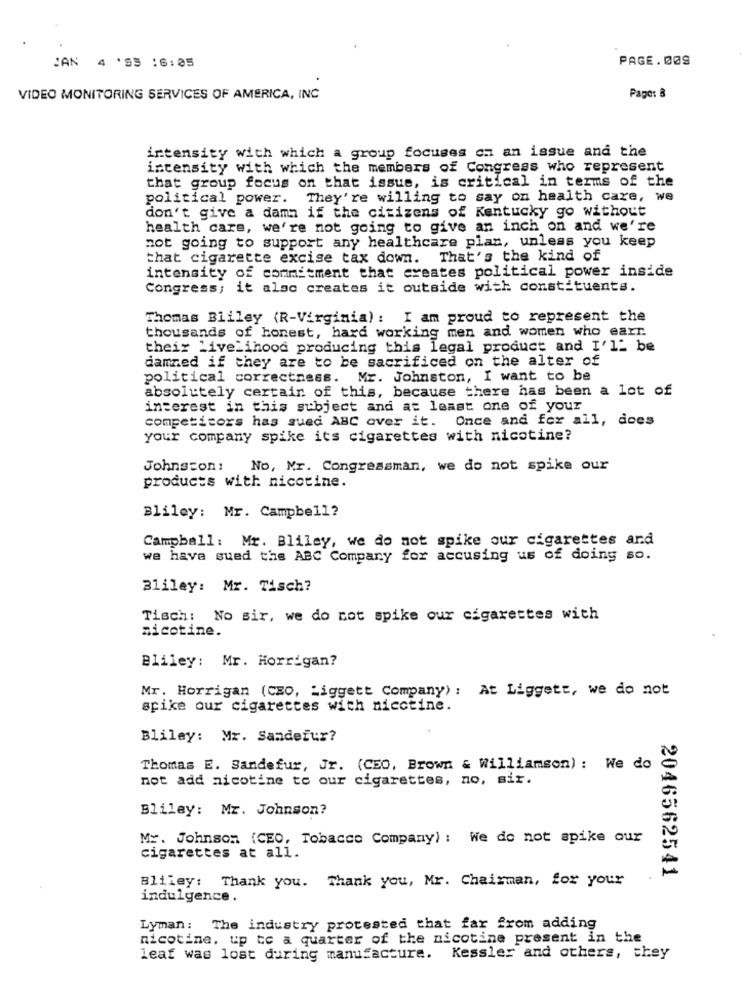
PAGE. 00S
JAN 4 '95 :6:05
VIDEO MONITORING SERVICES OF AMERICA, INC
Page: B
intensity with which a group focuses on an issue and the
intensity with which the members of Congress who represent
that group focus on that issue, is critical in terms of the
political power. They're willing to say on health care, we
don't give a damn if the citizens of Kentucky go without
health care, we're not going to give an inch on and we're
not going to support any healthcare plan, unless you keep
that cigarette excise tax down. That's the kind of
intensity of commitment that creates political power inside
Congress; it also creates it outside with constituents.
Thomas Bliley (R-Virginia) : I am proud to represent the
thousands of honest, hard working men and women who earr
their Livelihood producing this legal product and I'll be
damned if they are to be sacrificed on the alter of
political correctness. Mr. Johnston, I want to be
absolutely certain of this, because there has been a lot of
interest in this subject and at least one of your
competitors has sued ABC over it. Once and for all, does
your company spike its cigarettes with nicotine?
Johnston: No, Mr. Congressman, we do not spike our
products with nicotine.
Bliley: Mr. Campbell?
Campbell: Mr. Bliley, we do not spike our cigarettes and
we have sued the ABC Company for accusing us of doing so.
Bliley: Mr. Tisch?
Tisch: No sir, we do not spike our cigarettes with
nicotine.
Bliley: Mr. Horrigan?
Mr. Horrigan (CEO, Liggett Company) : At Liggett, we do not
spike our cigarettes with nicotine.
Bliley: Mr. Sandefur?
Thomas E. Sandefur, Jr. (CEO, Brown & Williamson) : We do
not add nicotine to our cigarettes, no, sir.
Bliley: Mr. Johnson?
Mr. Johnson (CEO, Tobacco Company) : We do not spike our
cigarettes at all.
Bliley: Thank you. Thank you, Mr. Chairman, for your
2046562541
indulgence .
Lyman: The industry protested that far from adding
nicotine, up te a quarter of the nicotine present in the
leaf was lost during manufacture. Kessler and others, they